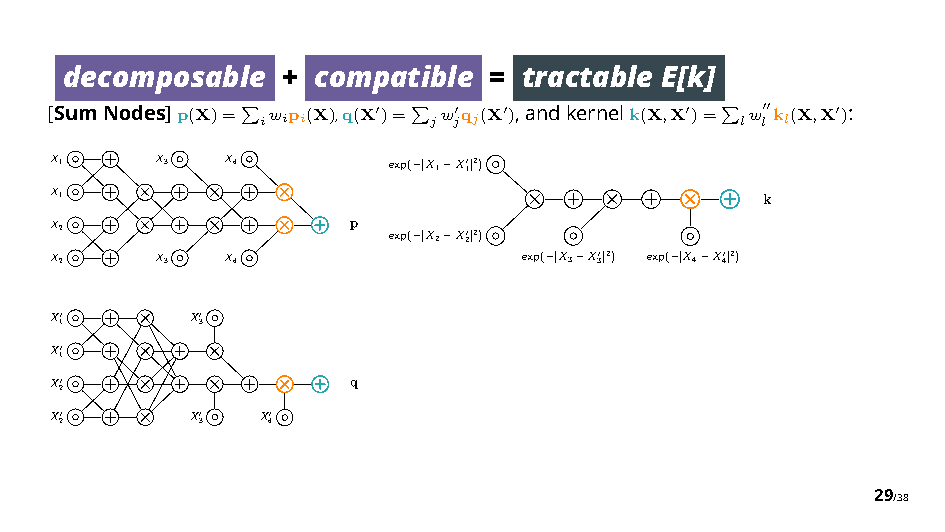
decomposable   + compatible =  tractable E[k]
 [SumNodes]p(X)= iwipi(X),q(X")= jw j"qj(X"),andkernelk(X,X")= lw l!!kl(X,X"):
 "          "                    "
 X1     X3   X4         exp( |X1X10|2)
 X1
 ⇥    ⇥    ⇥                              k
 ⇥    ⇥    ⇥
 X2
 ⇥    ⇥    ⇥
 p
 exp( |X2X20|2)
 X2     X3   X4                  exp( |X3X30|2) exp( |X4X40|2)
 X10
 ⇥
 X30
 X10
 ⇥    ⇥
 X20
 ⇥    ⇥    ⇥
 q
 X20
 ⇥
 X30 X40
 29/38